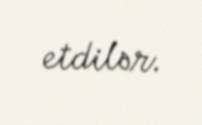
etdilər.